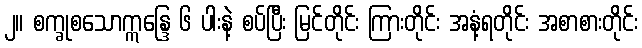
၂။ စက္ခုစသောဣန္ဒြေ ၆ ပါးနဲ့ စပ်ပြီး မြင်တိုင်း ကြားတိုင်း အနံ့ရတိုင်း အစာစားတိုင်း